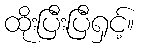
ထိုးပြီးပြီရှင့်။